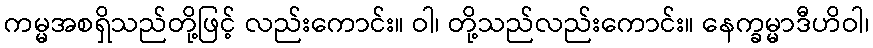
ကမ္မအစရှိသည်တို့ဖြင့် လည်းကောင်း။ ဝါ၊ တို့သည်လည်းကောင်း။ နေက္ခမ္မာဒီဟိဝါ၊